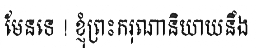
មែនទេ ! ខ្ញុំព្រះករុណានិយាយនឹង